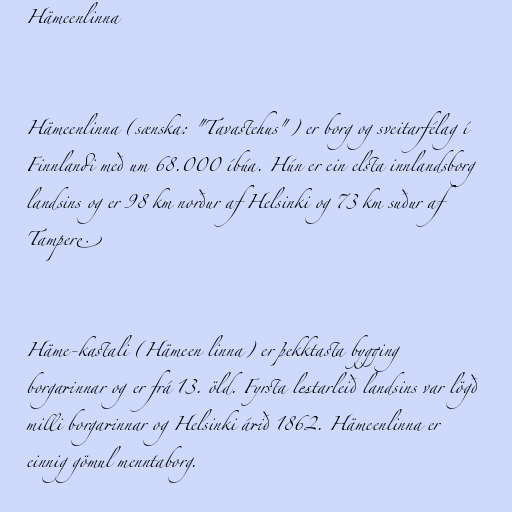
Hämeenlinna

Hämeenlinna (sænska: "Tavastehus") er borg og sveitarfélag í
Finnlandi með um 68.000 íbúa. Hún er ein elsta innlandsborg
landsins og er 98 km norður af Helsinki og 73 km suður af
Tampere.

Häme-kastali (Hämeen linna) er þekktasta bygging
borgarinnar og er frá 13. öld. Fyrsta lestarleið landsins var lögð
milli borgarinnar og Helsinki árið 1862. Hämeenlinna er
einnig gömul menntaborg.